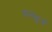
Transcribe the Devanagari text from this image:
अलबुर्ज